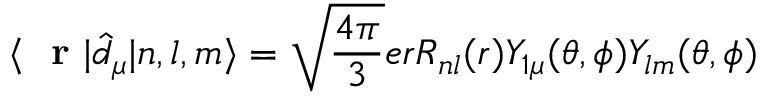
\langle \mathrm { ~ \bf ~ r ~ } | \hat { d } _ { \mu } | n , l , m \rangle = \sqrt { \frac { 4 \pi } { 3 } } e r R _ { n l } ( r ) Y _ { 1 \mu } ( \theta , \phi ) Y _ { l m } ( \theta , \phi )